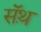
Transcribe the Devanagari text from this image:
सॅथ़